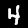
Label: 4